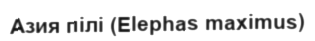
Азия пілі (Elephas maximus)